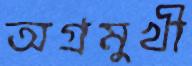
অগ্রমুখী